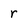
Character: r